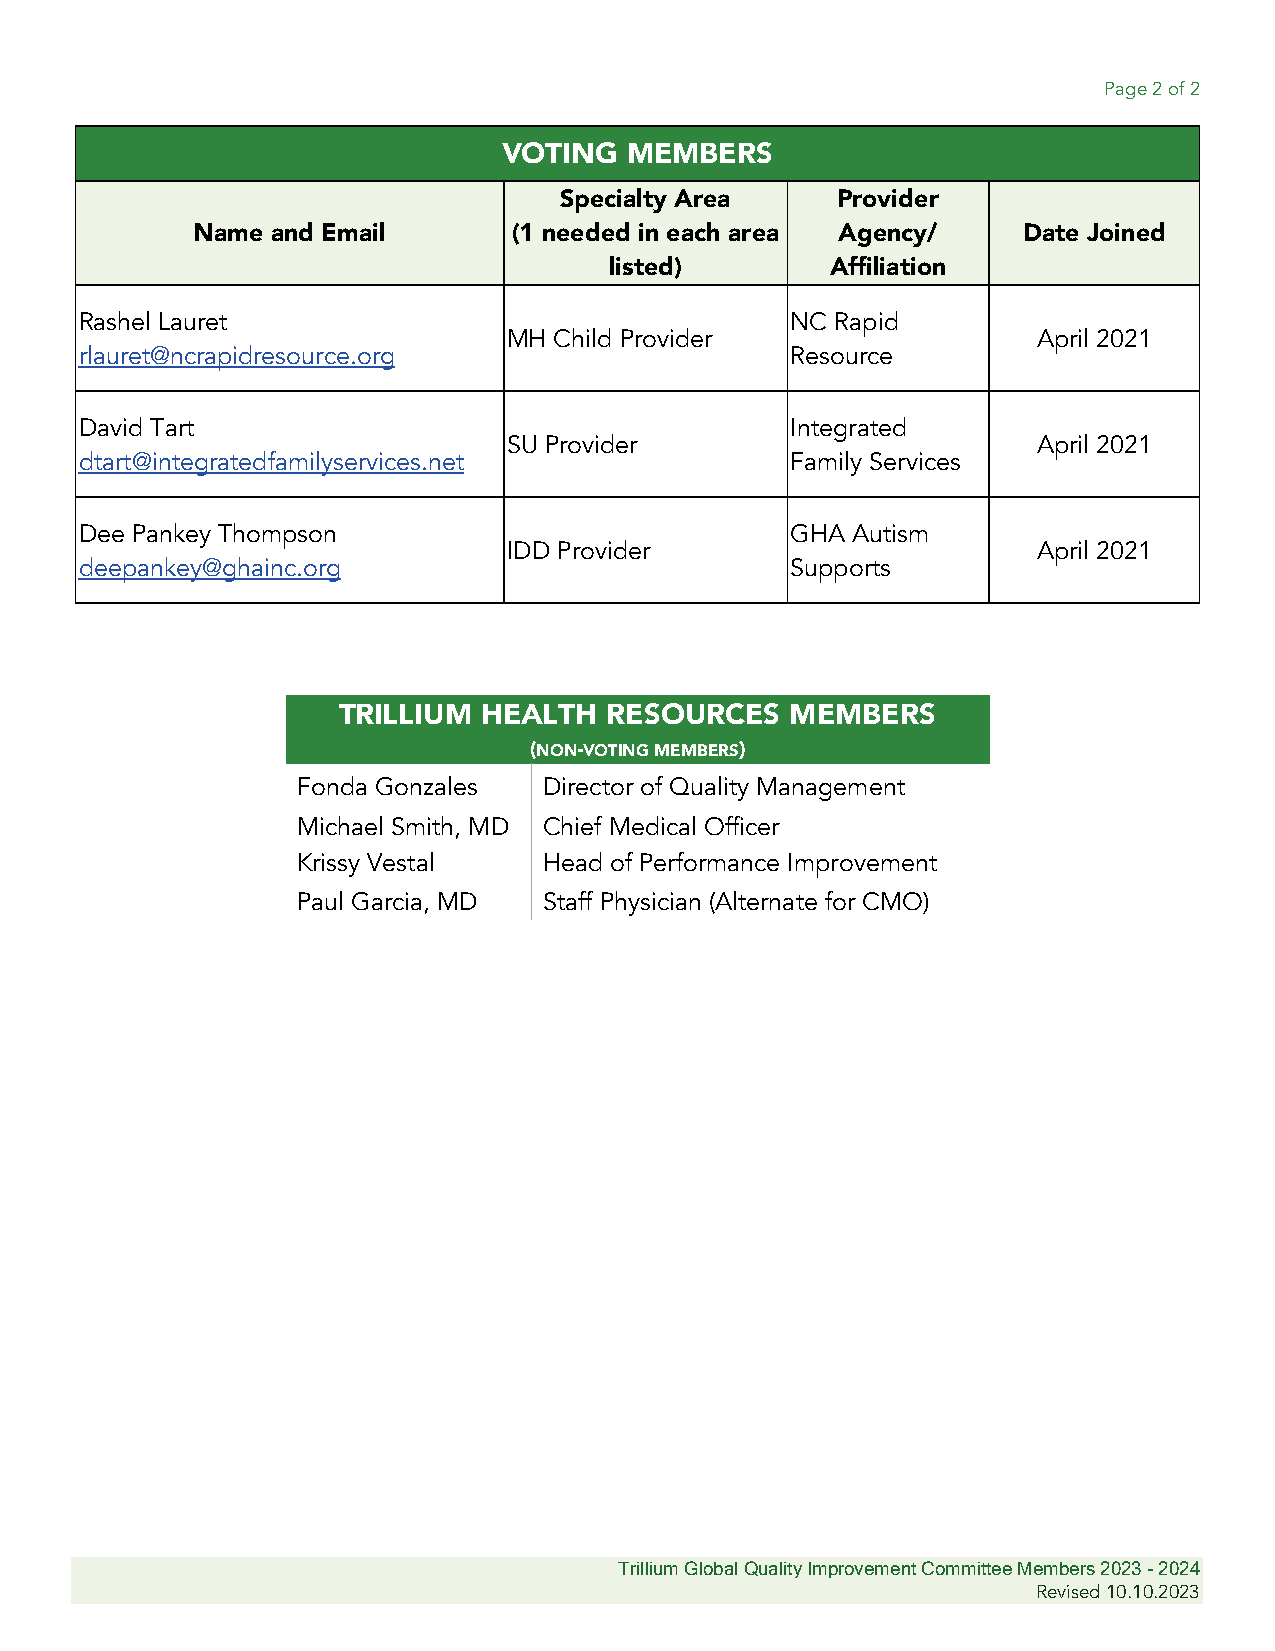
Page 2 of 2
 VOTING   MEMBERS
 Specialty Area    Provider
 Name and Email       (1 needed in each area Agency/    Date Joined
 listed)        Affiliation
 Rashel Lauret                                  NC Rapid
 MH Child Provider                  April 2021
 rlauret@ncrapidresource.org                    Resource
 David Tart                                     Integrated
 SU Provider                        April 2021
 dtart@integratedfamilyservices.net             Family Services
 Dee Pankey Thompson                            GHA Autism
 IDD Provider                       April 2021
 deepankey@ghainc.org                           Supports
 TRILLIUM  HEALTH  RESOURCES   MEMBERS
 (NON-VOTING MEMBERS)
 Fonda Gonzales  Director of Quality Management
 Michael Smith, MD Chief Medical Officer
 Krissy Vestal   Head of Performance Improvement
 Paul Garcia, MD Staff Physician (Alternate for CMO)
 Trillium Global Quality Improvement Committee Members 2023 - 2024
 Revised 10.10.2023